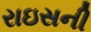
રાઇસની